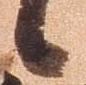
候